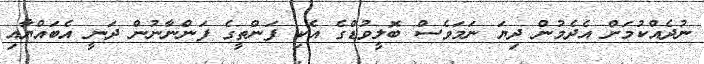
ނުދެއްކުމަށް އެދެމުން ދިޔަ ނަމަވެސް ބޮލީވުޑްގެ އެކި ފަންތީގެ ފަންނާނުން ދަނީ އެބައްޔާއި